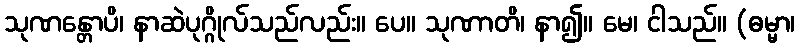
သုဏန္တောပိ၊ နာဆဲပုဂ္ဂိုလ်သည်လည်း။ ပေ။ သုဏာတိ၊ နာ၍။ မေ၊ ငါသည်။ (ဓမ္မာ၊